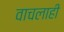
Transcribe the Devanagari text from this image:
वाचलाही